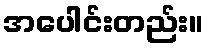
အပေါင်းတည်း။